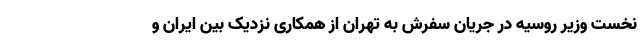
نخست وزیر روسیه در جریان سفرش به تهران از همکاری نزدیک بین ایران و